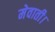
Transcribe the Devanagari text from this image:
मेवाती।